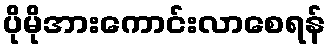
ပိုမိုအားကောင်းလာစေရန်